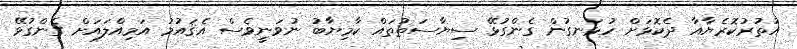
އުތުރުކޮރެޔާއާ ދެކޮޅަށް ހުޅަނގުން ގެންގުޅޭ ސިޔާސަތުތައް ކާމިޔާބު ނުވަނީވެސް އެޤައުމު އަމިއްލައަށް ގެންގުޅޭ